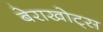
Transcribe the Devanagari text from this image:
बेराखोट्स